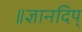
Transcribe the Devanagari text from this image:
॥ज्ञानदिप्